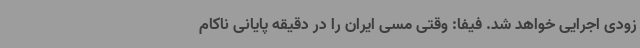
زودی اجرایی خواهد شد. فیفا: وقتی مسی ایران را در دقیقه پایانی ناکام